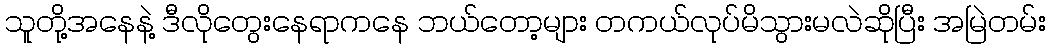
သူတို့အနေနဲ့ ဒီလိုတွေးနေရာကနေ ဘယ်တော့များ တကယ်လုပ်မိသွားမလဲဆိုပြီး အမြဲတမ်း